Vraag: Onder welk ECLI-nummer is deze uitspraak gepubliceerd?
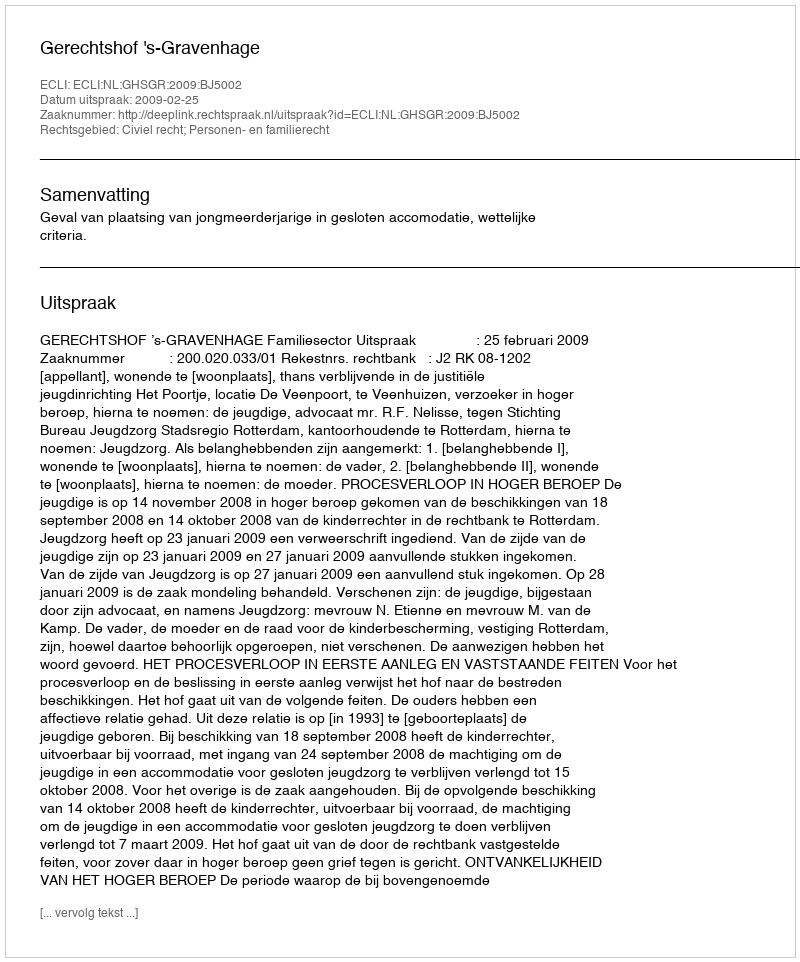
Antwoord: ECLI:NL:GHSGR:2009:BJ5002